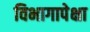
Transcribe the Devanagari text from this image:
विभागापेक्षा